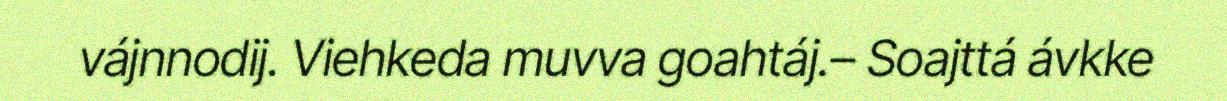
vájnnodij. Viehkeda muvva goahtáj.– Soajttá ávkke